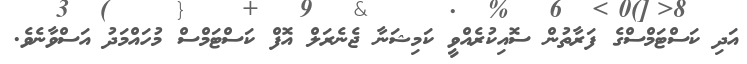
އަދި ކަސްޓަމްސްގެ ފަރާތުން ސޮއިކުރެއްވީ ކަމިޝަނާ ޖެނެރަލް އޮފް ކަސްޓަމްސް މުހައްމަދު އަސްވާނެވެ.